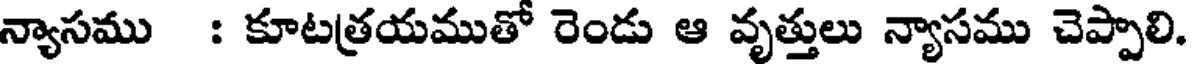
న్యాసము : కూటత్రయముతో రెండు ఆ వృత్తులు న్యాసము చెప్పాలి.